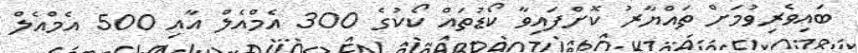
ބައިވެރިވުމަށް ތައްޔާރު ކޮށްފައިވާ ކޯޑުތައް ކޯކުގެ 300 އެމްއެލް އާއި 500 އެމްއެލް